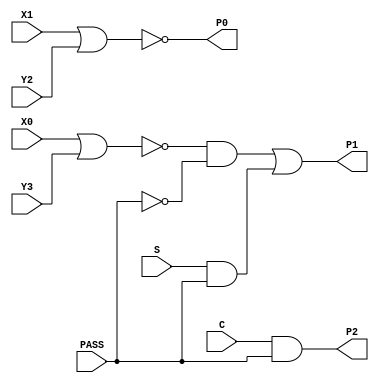
module PP25(X0, X1, Y2, Y3, S, C, PASS, P0, P1, P2);
input   X0;
input   X1;
input   Y2;
input   Y3;
input   S;
input   C;
input   PASS;
output  P0;
output  P1;
output  P2;
nor g0(P0, X1, Y2);
nor g1(w3, X0, Y3);
not g2(w6, PASS);
and g3(w2, w3, w6);
and g4(w7, S, PASS);
or g5(P1, w2, w7);
and g6(P2, C, PASS);
endmodule